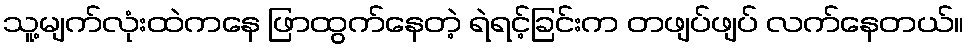
သူ့မျက်လုံးထဲကနေ ဖြာထွက်နေတဲ့ ရဲရင့်ခြင်းက တဖျပ်ဖျပ် လက်နေတယ်။